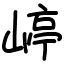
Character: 嵉